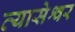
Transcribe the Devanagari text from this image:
व्यासेश्वर